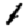
Digit: 1